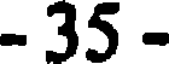
- 35 -